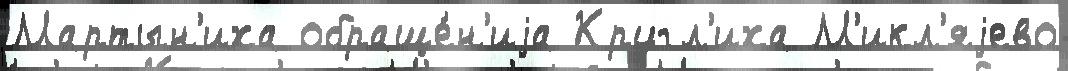
Мартын'иха обраще́н'иjа Кругл'иха М'икл'яjево